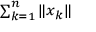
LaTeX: \scriptstyle \sum _ { k = 1 } ^ { n } \| x _ { k } \|